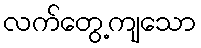
လက်တွေ့ကျသော